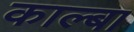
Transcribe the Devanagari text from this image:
काल्बा